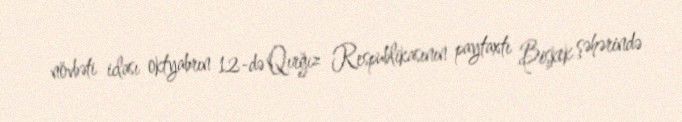
növbəti iclası oktyabrın 12-də Qırğız Respublikasının paytaxtı Bişkek şəhərində